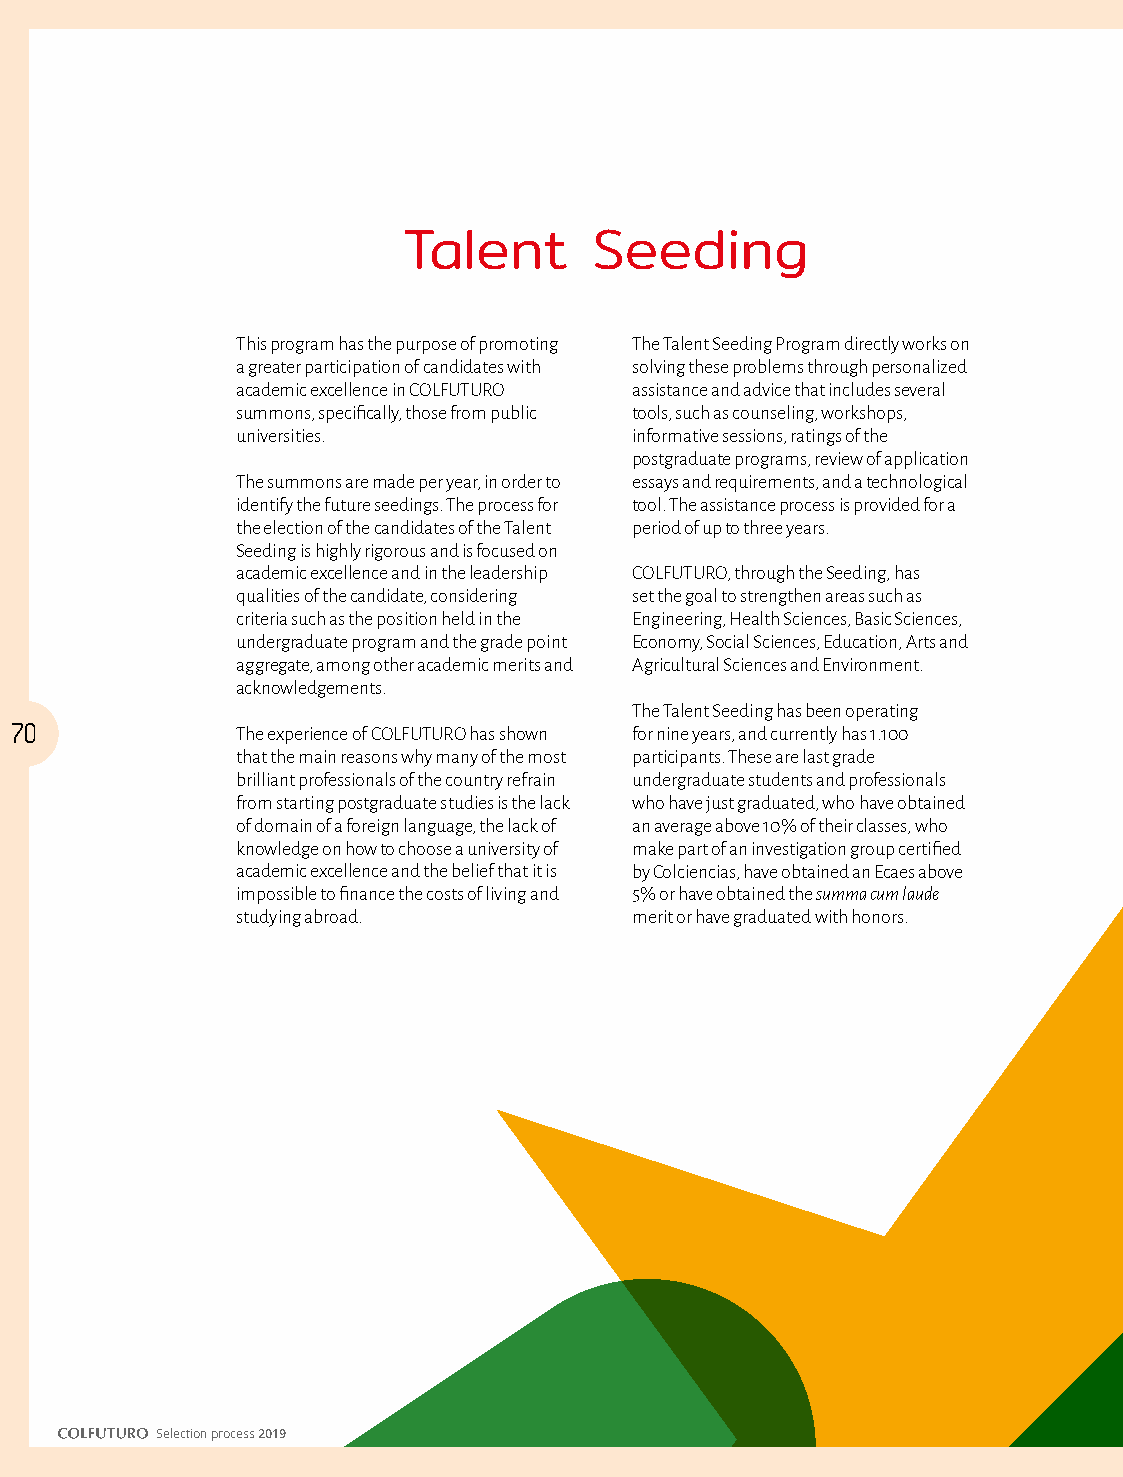
Talent      Seeding
 This program has the purpose of promoting The Talent Seeding Program directly works on
 a greater participation of candidates with solving these problems through personalized
 academic excellence in COLFUTURO assistance and advice that includes several
 summons, specifically, those from public tools, such as counseling, workshops,
 universities.             informative sessions, ratings of the
 postgraduate programs, review of application
 The summons are made per year, in order to essays and requirements, and a technological
 identify the future seedings. The process for tool. The assistance process is provided for a
 the election of the candidates of the Talent period of up to three years.
 Seeding is highly rigorous and is focused on
 academic excellence and in the leadership COLFUTURO, through the Seeding, has
 qualities of the candidate, considering set the goal to strengthen areas such as
 criteria such as the position held in the Engineering, Health Sciences, Basic Sciences,
 undergraduate program and the grade point Economy, Social Sciences, Education, Arts and
 aggregate, among other academic merits and Agricultural Sciences and Environment.
 acknowledgements.
 The Talent Seeding has been operating
 70             The experience of COLFUTURO has shown for nine years, and currently has 1.100
 that the main reasons why many of the most participants. These are last grade
 brilliant professionals of the country refrain undergraduate students and professionals
 from starting postgraduate studies is the lack who have just graduated, who have obtained
 of domain of a foreign language, the lack of an average above 10% of their classes, who
 knowledge on how to choose a university of make part of an investigation group certified
 academic excellence and the belief that it is by Colciencias, have obtained an Ecaes above
 impossible to finance the costs of living and 5% or have obtained the summa cum laude
 studying abroad.          merit or have graduated with honors.
 Selection process 2019